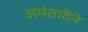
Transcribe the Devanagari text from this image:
अमंतादैने